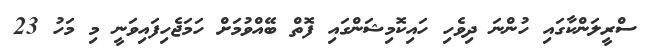
ސްރީލަންކާގައި ހުންނަ ދިވެހި ހައިކޮމިޝަންގައި ފޮތް ބޭއްވުމަށް ހަމަޖެހިފައިވަނީ މި މަހު 23